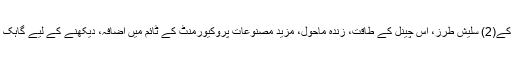
بنانے میں ہے طور پر بھی جانا جاتا لکیری جھلملی کی قسم، یہ تمام کاؤنٹر پر ہے جس کے(2) سلیش طرز، اس چینل کے طاقت، زندہ ماحول، مزید مصنوعات پروکیورمنٹ کے ٹائم میں اضافہ، دیکھنے کے لیے گاہک بنانے کے لئے آسان براؤز کرنے کے لئے بلا جھجھک گاہکوں کو بنانے کے لئے ہے ۔